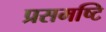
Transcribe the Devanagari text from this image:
प्रसमष्‍टि